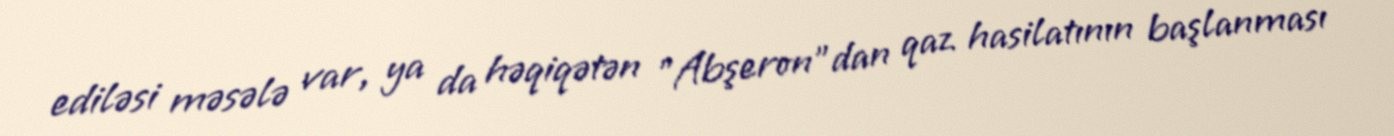
ediləsi məsələ var, ya da həqiqətən "Abşeron"dan qaz hasilatının başlanması